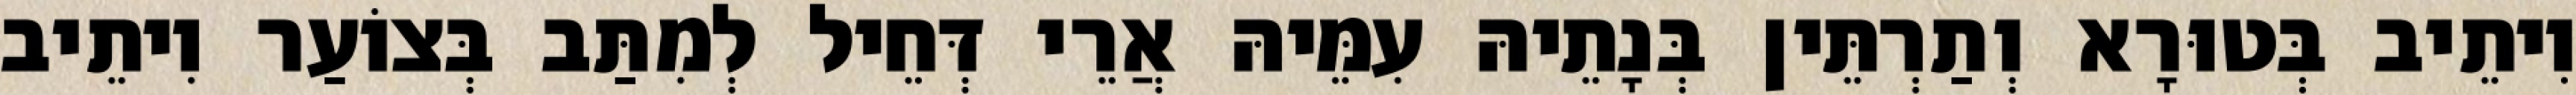
וִיתֵיב בְּטוּרָא וְתַרְתֵּין בְּנָתֵיהּ עִמֵּיהּ אֲרֵי דְּחֵיל לְמִתַּב בְּצוֹעַר וִיתֵיב